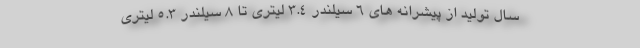
سال تولید از پیشرانه های 6 سیلندر 3.4 لیتری تا 8 سیلندر 5.3 لیتری